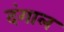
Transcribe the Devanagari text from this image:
दंगाल